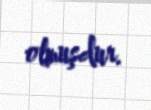
olmuşdur.